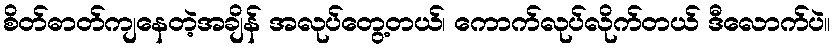
စိတ်ဓာတ်ကျနေတဲ့အချိန် အလုပ်တွေ့တယ်၊ ကောက်လုပ်လိုက်တယ် ဒီလောက်ပဲ။